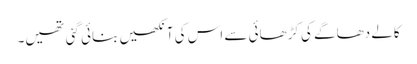
کالے دھاگے کی کڑھائی سے اس کی آنکھیں بنائی گئی تھیں۔